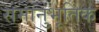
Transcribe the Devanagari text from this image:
समानुभूतिक